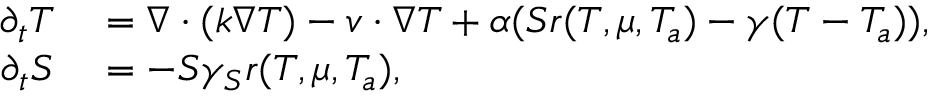
\begin{array} { r l } { \partial _ { t } T } & { { } = \nabla \cdot ( k \nabla T ) - v \cdot \nabla T + \alpha ( S r ( T , \mu , T _ { a } ) - \gamma ( T - T _ { a } ) ) , } \\ { \partial _ { t } S } & { { } = - S \gamma _ { S } r ( T , \mu , T _ { a } ) , } \end{array}